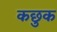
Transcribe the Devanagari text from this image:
कछुक